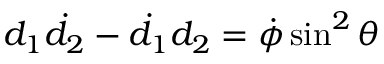
d _ { 1 } \dot { d } _ { 2 } - \dot { d } _ { 1 } d _ { 2 } = \dot { \phi } \sin ^ { 2 } \theta